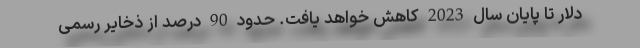
دلار تا پایان سال 2023 کاهش خواهد یافت. حدود 90 درصد از ذخایر رسمی